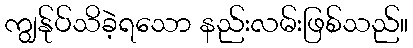
ကျွန်ုပ်သိခဲ့ရသော နည်းလမ်းဖြစ်သည်။